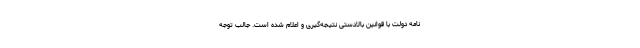
نامه دولت با قوانین بالادستی نتیجه‌گیری و اعلام شده است. جالب توجه